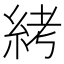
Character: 𱹱